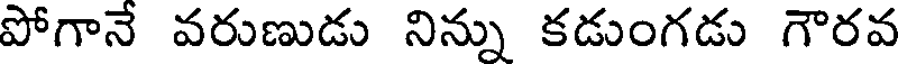
పోగాన వరుణుడు నిన్ను కడుంగడు గౌరవ